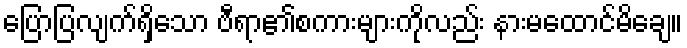
ပြောပြလျက်ရှိသော ဗီရာ၏စကားများကိုလည်း နားမထောင်မိချေ။